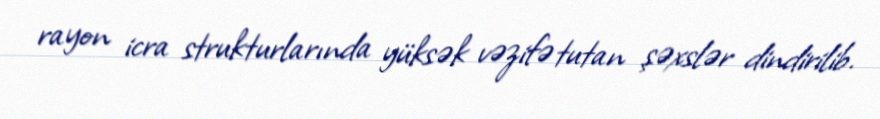
rayon icra strukturlarında yüksək vəzifə tutan şəxslər dindirilib.